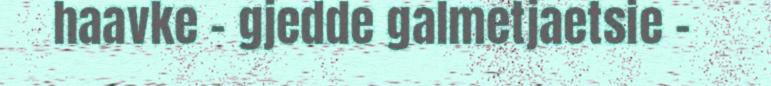
haavke - gjedde galmetjaetsie -